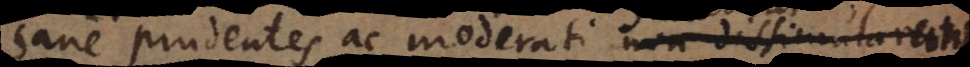
sane prudentes ac moderati non dissimularent